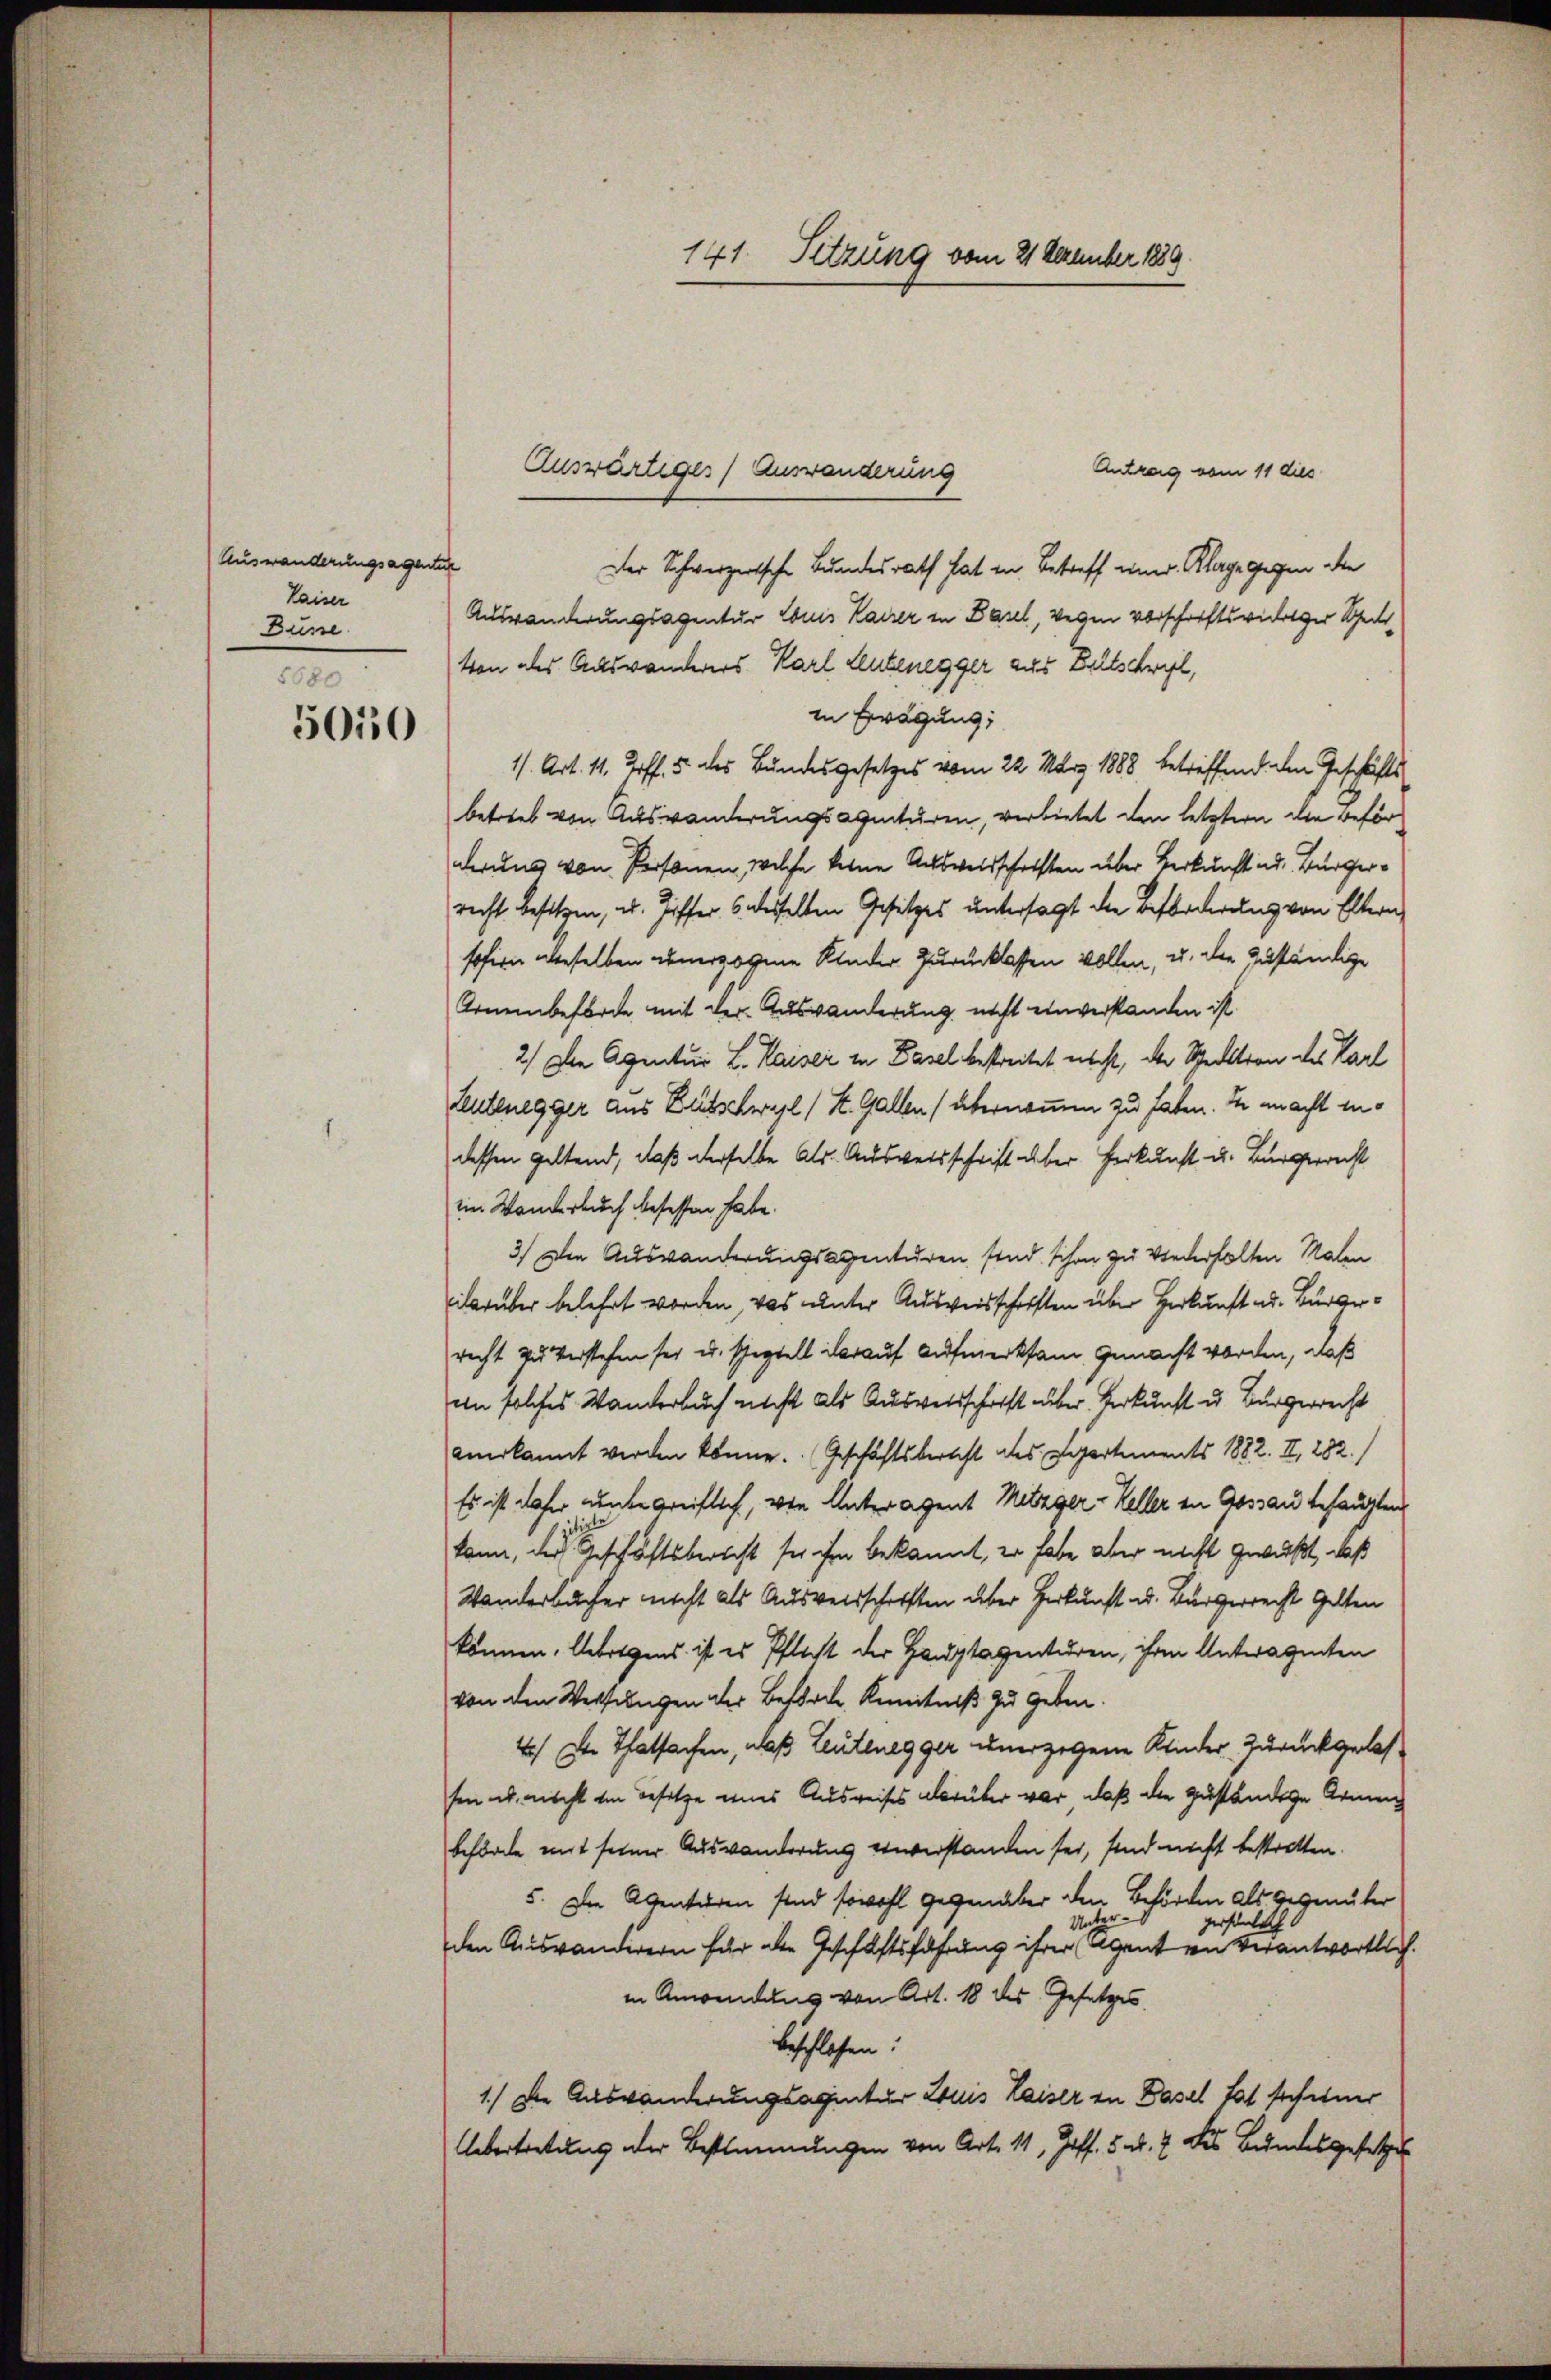
Auswanderungsagentur
Kaiser
Düsse.
1680

5050

Antrag vom 11 dies
Der Schweizertsche Bundesrath hat in Betreff einer Klage gegen die
Auswanderungsagentur Louis Kaiser in Basel, wegen vorschriftswidriger Scheil
ton des Auswanderers Karl Leutenegger aus Zeltschweil,
in Erwägung;
1/. Art. 11. Joff. 5 des Bundesgesetzes vom 22. März 1888 betreffend den Geschäfts
betrieb von Auswanderungsagituren, verbietet den letztern die Beförderung von Personen, welche keine Ausweisschriften über Verkunft ad Bürgerrecht besitzen, u. Ziffer, 6 desselben Gesetzes untersagt die Beförderung von Eltern
sohin aberselben unerzogene Kinder Zurücklassen wollen, u. die zuständige
Arnenbeförde mit der Auswanderung nicht einverstanden ist.
2.) Den Agentur L. Kaiser in Basel bestreitet nacht, der Schredition des Karl
Leutenegger aus Bütschwyl (St. Gallen (übernommen zu haben. In macht indessen geltend, daß derselbe als. Ausweisschrift über Herkunft u. Bürgerrecht
im Wanderbuch besessen habe.
3.) Die Auswanderungsagenturen sind schon zu Wiederholten Malen
ddarüber belehrt worden, was unter Ausweisschriften über Herkunft ad. Bürgerrecht zu verstehen sei u. scheptell darauf Aufmerksam gemacht worden, daß
en solches Wanderbuch nicht als Ausweisschärft über Verkunft u. Bürgerrecht
anerkannt werden könne. (Geschäftsbericht des Departements 1882. II, 282.)
Es ist daher nunter greiflich, von Unteragent Metzger - Keller in Gossau befangten
kann, der Geschäftsbericht sei ihm bekannt, er habe aber nicht gewußt, daß
Wanderbucher nicht als Ausweisschriften über Herkunft u. Bürgerrecht Gelten
können. Uebrigens ist es Pflicht der Hauptagenturen, ihren Antwagenten
von den Wertungen der Beförde Kenntniß zu geben
2.) Der Thatsachen, daß Leutenegger unergegene Kinder Zurückgelassen u. nicht im Besitze eines Ausweises aber über war, daß die zuständige Armen
behörde mit seiner Auswanderung einverstanden sei, sind nicht bestretten.
5. Die Agenturen sind sowohl gegenüber den Behörden als gegenüber
persönlich
Un
den Auswanderern für aber Geschäftsfahrung ihrer (Agent von verantwortlich.
in Anwendung von Art. 18 des Gesetzes.
beschlossen:
1.) Die Auswanderungsagentur Louis Kaiser in Basel hat sich einer
Uebertretung der Bestimmungen von Art. 11, Hoff. 5. d. 7 des Bundesgesetzen

141. Setzung vom 21 Dezember 1889

Auswärtiges Auswanderung